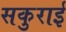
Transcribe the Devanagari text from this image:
सकुराई